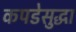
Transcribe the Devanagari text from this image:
कपडेसुद्धा